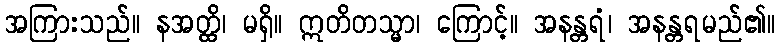
အကြားသည်။ နအတ္ထိ၊ မရှိ။ ဣတိတသ္မာ၊ ကြောင့်။ အနန္တရံ၊ အနန္တရမည်၏။